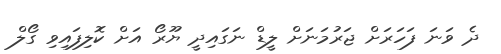
ދެ ވަނަ ފަހަރަށް ޖަރުމަނަށް ލީޑް ނަގައިދީ ޔޫރޯ އަށް ކޮލިފައިވި ގޯލް